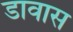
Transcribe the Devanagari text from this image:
डावास